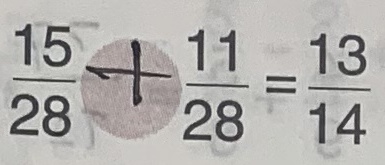
\frac { 1 5 } { 2 8 } + \frac { 1 1 } { 2 8 } = \frac { 1 3 } { 1 4 }